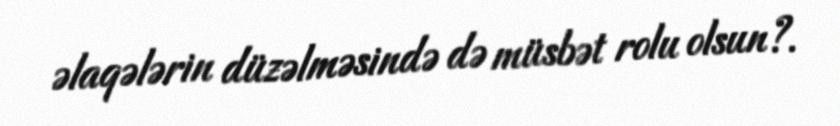
əlaqələrin düzəlməsində də müsbət rolu olsun?.